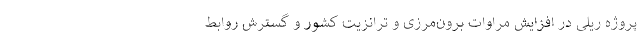
پروژه ریلی در افزایش مراوات برون‌مرزی و ترانزیت کشور و گسترش روابط